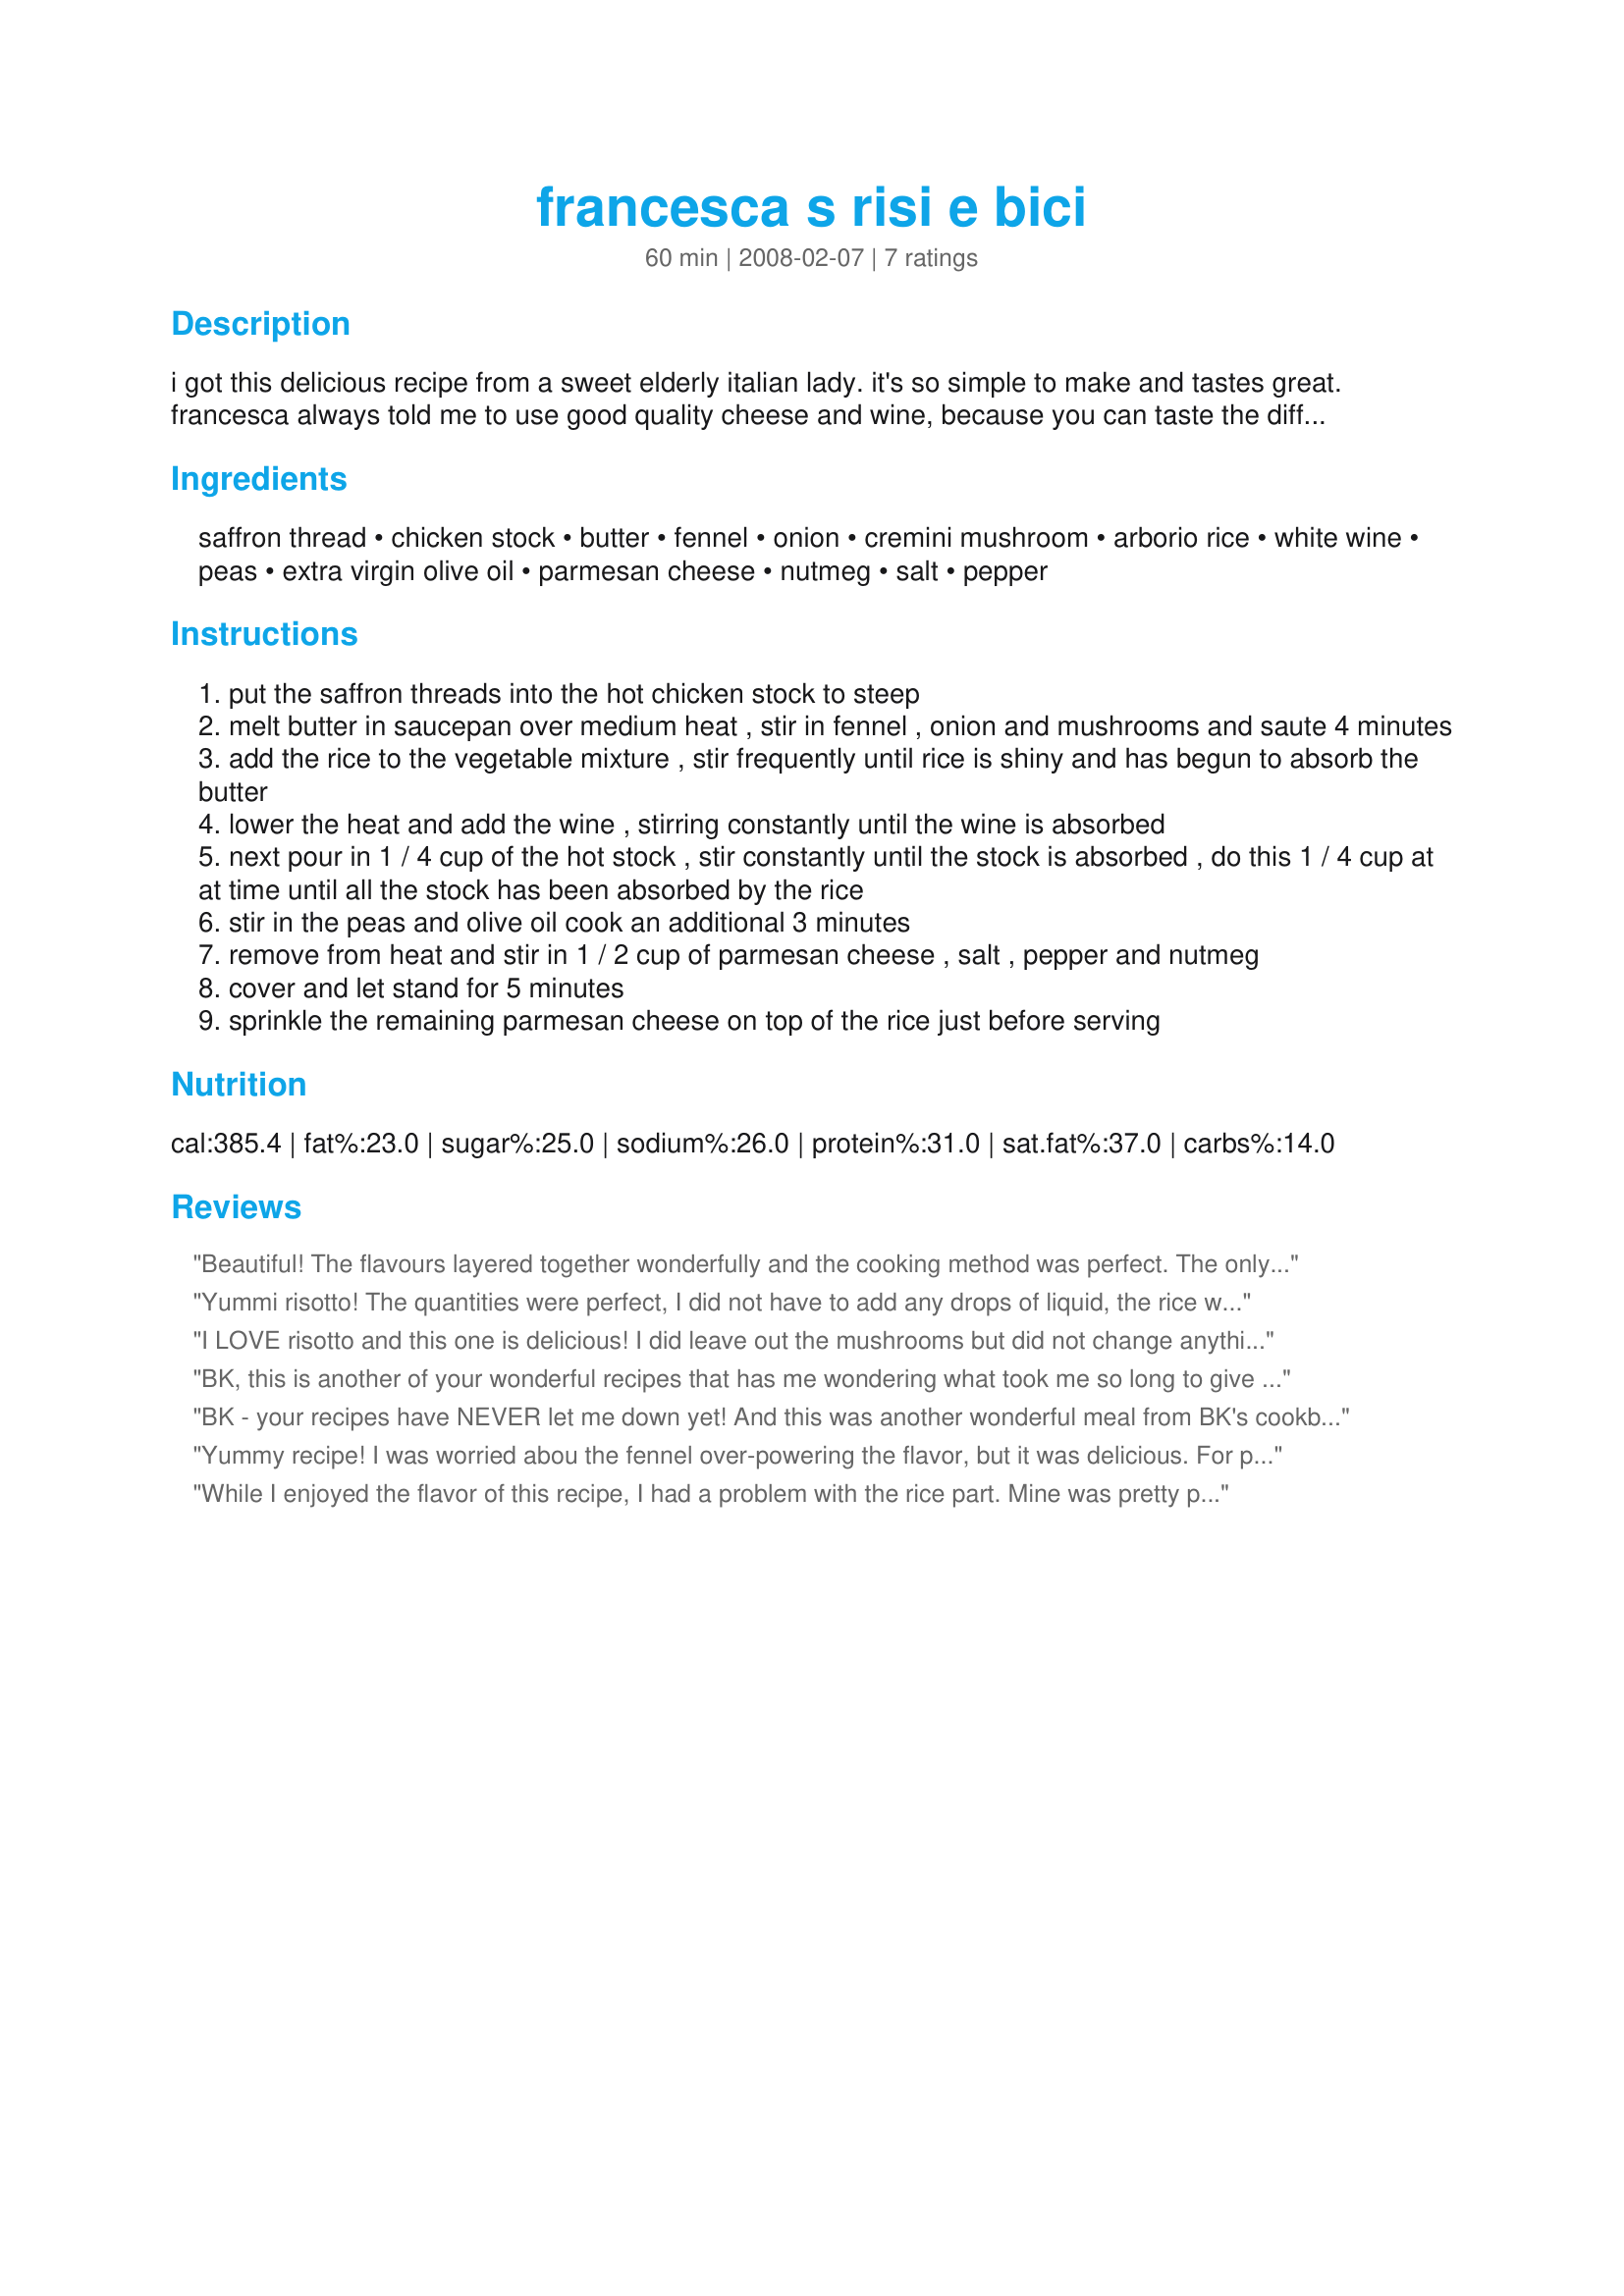
francesca s risi e bici
Preparation time: 60 minutes

i got this delicious recipe from a sweet elderly italian lady. it's so simple to make and tastes great. francesca always told me to use good quality cheese and wine, because you can taste the difference.

Ingredients:
saffron thread, chicken stock, butter, fennel, onion, cremini mushroom, arborio rice, white wine, peas, extra virgin olive oil, parmesan cheese, nutmeg, salt, pepper

Steps:
put the saffron threads into the hot chicken stock to steep
melt butter in saucepan over medium heat , stir in fennel , onion and mushrooms and saute 4 minutes
add the rice to the vegetable mixture , stir frequently until rice is shiny and has begun to absorb the butter
lower the heat and add the wine , stirring constantly until the wine is absorbed
next pour in 1 / 4 cup of the hot stock , stir constantly until the stock is absorbed , do this 1 / 4 cup at at time until all the stock has been absorbed by the rice
stir in the peas and olive oil cook an additional 3 minutes
remove from heat and stir in 1 / 2 cup of parmesan cheese , salt , pepper and nutmeg
cover and let stand for 5 minutes
sprinkle the remaining parmesan cheese on top of the rice just before serving

Reviews:
Beautiful! The flavours layered together wonderfully and the cooking method was perfect. The only thing I'd change next time and it's a very small thing is to use double the amount of mushrooms, they melded together so well with everything else I wouldn't have minded a few more.
Yummi risotto! The quantities were perfect, I did not have to add any drops of liquid, the rice was perfect.<br/>I loved very much the new addition (for me) of fennel. Thanks.<br/>Done for ZWT7.
I LOVE risotto and this one is delicious! I did leave out the mushrooms but did not change anything else. This dish deserves the extra time and effort required while cooking it. The petite peas are the finishing touch for me. This is a keeper. Thank you for choosing me in the Help a Camera-less Chef Game #5.
BK, this is another of your wonderful recipes that has me wondering what took me so long to give it a try. Love the rice, mushrooms and touch of fennel. All of the flavors come together to create a delicious plate. I enjoyed this with only a green side salad and had a great dinner. Very worthy of all 5 stars. :D
BK - your recipes have NEVER let me down yet! And this was another wonderful meal from BK's cookbook! PLEASE thank your Italian friend for such a stunning and simple Risi e Bici recipe - just awsome! I had to make a couple of VERY small changes; I had fresh mange tout (Sugarsnap peas) and used those instead of frozen peas - and I used dried French cepes instead of cremini mushrooms. Other than that - I followed the directions to the letter. I use saffron A LOT in my cooking, and IMHO this was the secret and sophisticated flavour enhancer in this dish. I had to cut this recipe down by half and it was easy to calculate. It was creamy and dreamy - a VERY elegant - a classic Italian dish, THANKS so much for posting this recipe, I am saving this for other meals, or even a starter for a dinner party. Great recipe - made for Photo Tag. FT:-)
Yummy recipe! I was worried abou the fennel over-powering the flavor, but it was delicious. For personal preference, I added more mushrooms and less peas. Yummy and pretty easy. Thank you! Made for Culinary Quest - Italy - for the International Agents of Quest.
While I enjoyed the flavor of this recipe, I had a problem with the rice part. Mine was pretty pasty and still a bit crunchy. Not sure what I did wrong. Obviously it works as there are 2 5-start ratings already. I followed the directions as written and since the rice was still hard, I added another 1/2 cup of broth. Please give this recipe a try as I am sure it was purely operator error in this case..
